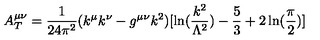
A _ { T } ^ { \mu \nu } = { \frac { 1 } { 2 4 \pi ^ { 2 } } } ( k ^ { \mu } k ^ { \nu } - g ^ { \mu \nu } k ^ { 2 } ) [ \ln ( { \frac { k ^ { 2 } } { \Lambda ^ { 2 } } } ) - \frac { 5 } { 3 } + 2 \ln ( { \frac { \pi } { 2 } } ) ]